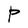
Character: P